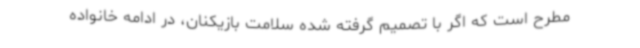
مطرح است که اگر با تصمیم‌ گرفته شده سلامت بازیکنان، در ادامه خانواده